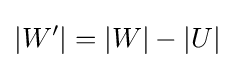
|W'|=|W|-|U|